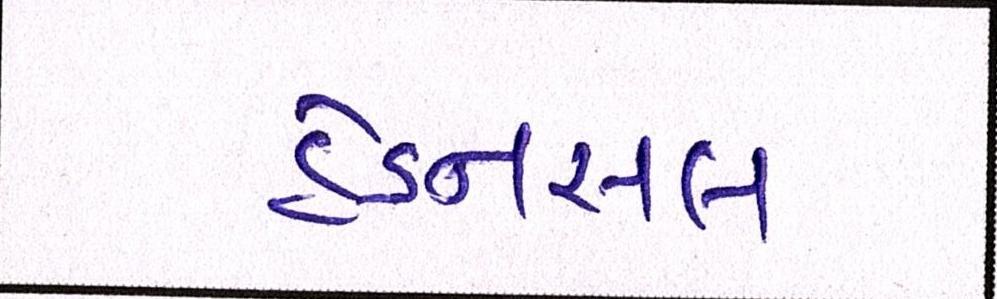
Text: હેડનસલ